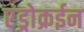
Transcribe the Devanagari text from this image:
एंड्रोक्रईन